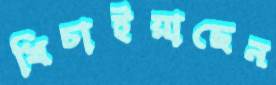
খিচাইয়াছেন